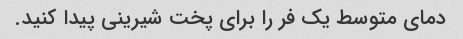
دمای متوسط یک فر را برای پخت شیرینی پیدا کنید.